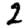
Digit: 2